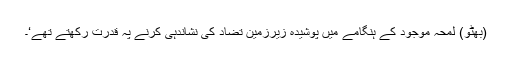
(بھٹو) لمحہ موجود کے ہنگامے میں پوشیدہ زیرزمین تضاد کی نشاندہی کرنے پہ قدرت رکھتے تھے‘۔